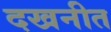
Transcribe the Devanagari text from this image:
दखनीत